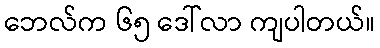
ဘေလ်က ၆၅ ဒေါ်လာ ကျပါတယ်။